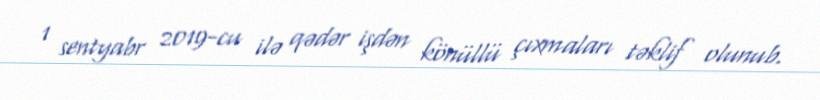
1 sentyabr 2019-cu ilə qədər işdən könüllü çıxmaları təklif olunub.